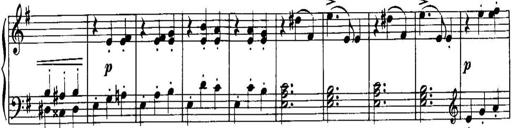
Title: Piano Sonatina No.1, Op.146
Composer: Stephen Heller